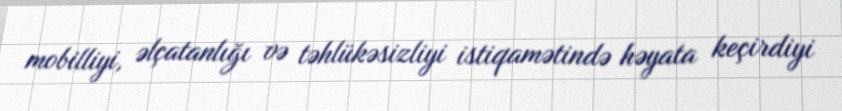
mobilliyi, əlçatanlığı və təhlükəsizliyi istiqamətində həyata keçirdiyi